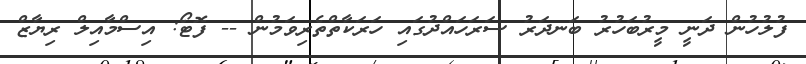
ފުލުހުން ދަނީ މީރުބަހުރު ބަނދަރު ސަރަހައްދުގައި ހަރަކާތްތެރިވަމުން -- ފޮޓޯ: އިސްމާއިލް ރިޔާޒް